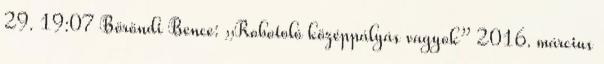
29. 19:07 Böröndi Bence: „Robotoló középpályás vagyok” 2016. március